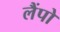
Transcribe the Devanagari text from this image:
लैंपो